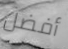
أفضل